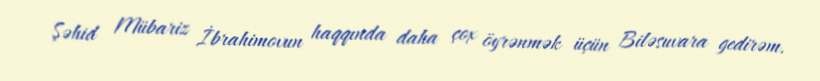
Şəhid Mübariz İbrahimovun haqqında daha çox öyrənmək üçün Biləsuvara gedirəm.